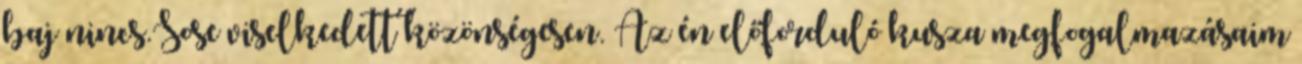
baj nincs.Sose viselkedett közönségesen. Az én előforduló kusza megfogalmazásaim